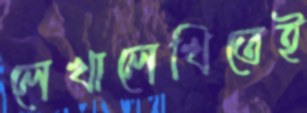
লেখালেখিতেই